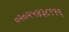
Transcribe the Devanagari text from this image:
०२०२५४३८९१६